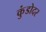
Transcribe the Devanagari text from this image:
कुंडोदर